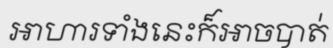
អាហារទាំងនេះក៏អាចបាត់